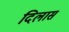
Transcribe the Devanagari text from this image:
दिलास